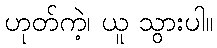
ဟုတ်ကဲ့၊ ယူ သွားပါ။